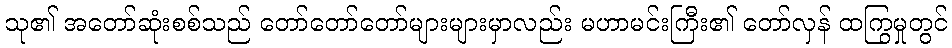
သု၏ အတော်ဆုံးစစ်သည် တော်တော်တော်များများမှာလည်း မဟာမင်းကြီး၏ တော်လှန် ထကြွမှုတွင်